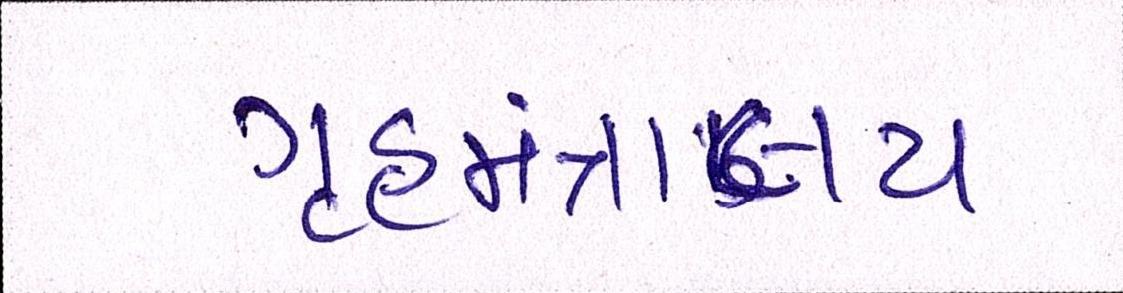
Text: ગૃહમંત્રાલય